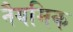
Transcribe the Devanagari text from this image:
नैयमिक